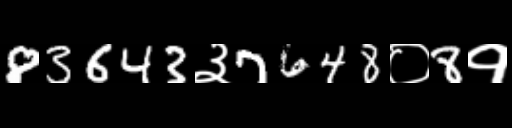
Text: 83643३7648०8१